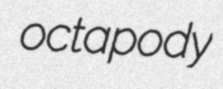
octapody